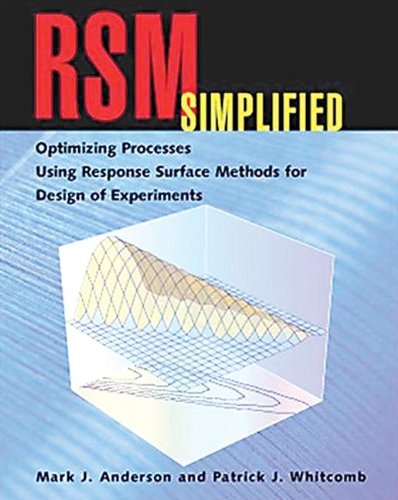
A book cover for RSM Simplified: Optimizing Processes Using Response Surface Methods for Design of Experiments; Patrick J. Whitcomb; Business & Money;